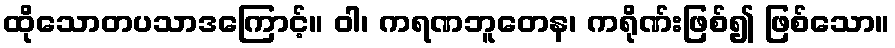
ထိုသောတပသာဒကြောင့်။ ဝါ၊ ကရဏဘူတေန၊ ကရိုဏ်းဖြစ်၍ ဖြစ်သော။